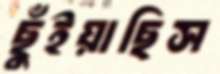
ছুঁইয়াছিস